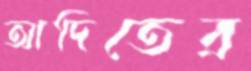
আদিতের